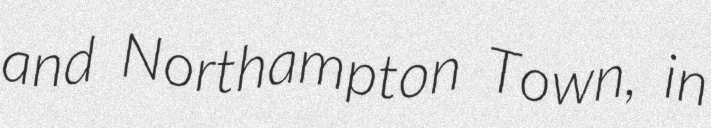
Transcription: and Northampton Town, in